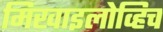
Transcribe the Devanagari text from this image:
मिखाइलोव्हिच